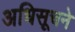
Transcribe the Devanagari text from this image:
अधिसूचने